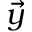
\vec { y }